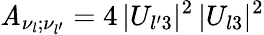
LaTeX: \mathit{A}_{\nu_{l};\nu_{l^{\prime}}}=4\, |U_{l^{\prime}3}|^{2}\, |U_{l3}|^{2}